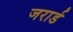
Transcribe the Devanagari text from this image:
जरार्ड